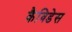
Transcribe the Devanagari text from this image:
कैविडेस